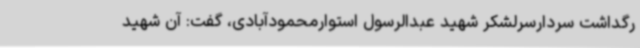
رگداشت سردارسرلشکر شهید عبدالرسول استوارمحمودآبادی، گفت: آن شهید